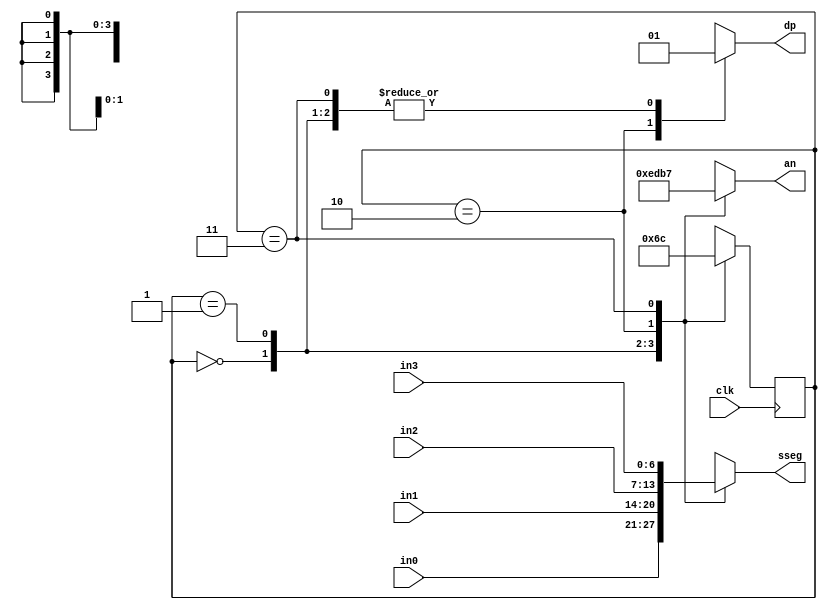
`timescale 1ns / 1ps
//////////////////////////////////////////////////////////////////////////////////
// Company: 
// Engineer: 
// 
// Design Name: 
// Module Name: time_mux_state_machine
// Project Name: 
// Target Devices: 
// Tool Versions: 
// Description: 
// 
// Dependencies: 
// 
// Revision:
// Revision 0.01 - File Created
// Additional Comments:
// 
//////////////////////////////////////////////////////////////////////////////////


module time_mux_state_machine(
    input clk,
    input [6:0] in0,
    input [6:0] in1,
    input [6:0] in2,
    input [6:0] in3,
    output reg[3:0] an,
    output reg[6:0] sseg,   
    output reg dp
    );

reg[1:0] state;
reg[1:0] next_state;

always @(*) begin
    case(state)
        2'b00: next_state = 2'b01;
        2'b01: next_state = 2'b10;
        2'b10: next_state = 2'b11;
        2'b11: next_state = 2'b00;
    endcase
end

always @(*) begin
    case(state)
        2'b00: begin sseg = in0; dp=1;end
        2'b01: begin sseg = in1; dp=1;end
        2'b10: begin sseg = in2; dp=0;end
        2'b11: begin sseg = in3; dp=1;end
    endcase
end

always @(*) begin
    case(state)
        2'b00: an = 4'b1110;
        2'b01: an = 4'b1101;
        2'b10: an = 4'b1011;
        2'b11: an = 4'b0111;
    endcase
end

always @(posedge clk) begin
    state <= next_state;
end

endmodule